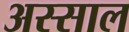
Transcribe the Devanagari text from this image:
अस्साल